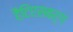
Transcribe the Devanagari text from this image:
हैटिएसबर्ग